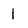
Character: 1